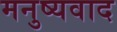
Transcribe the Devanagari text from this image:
मनुष्यवाद